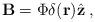
LaTeX: \begin{align*}{\bf B}=\Phi \delta ({\bf r}){\hat{{\bf z}}\;,} \end{align*}